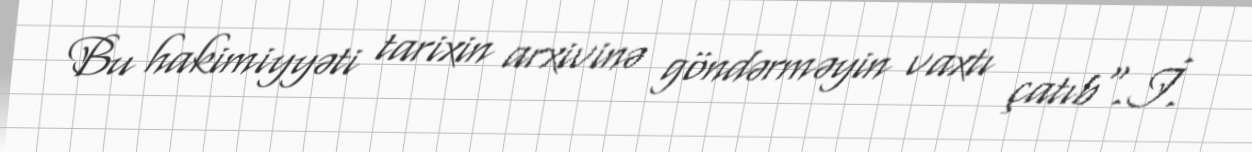
Bu hakimiyyəti tarixin arxivinə göndərməyin vaxtı çatıb".İ.